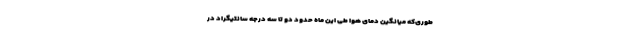
طوری‌که میانگین دمای هوا طی این ماه حدود دو تا سه درجه سانتیگراد در